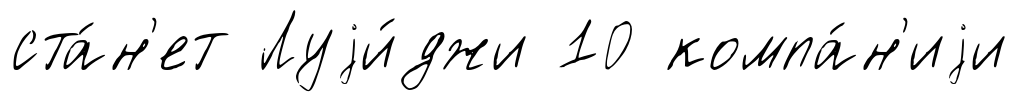
ста́н'ет Луjи́джи 10 компа́н'иjи